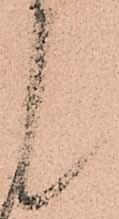
候